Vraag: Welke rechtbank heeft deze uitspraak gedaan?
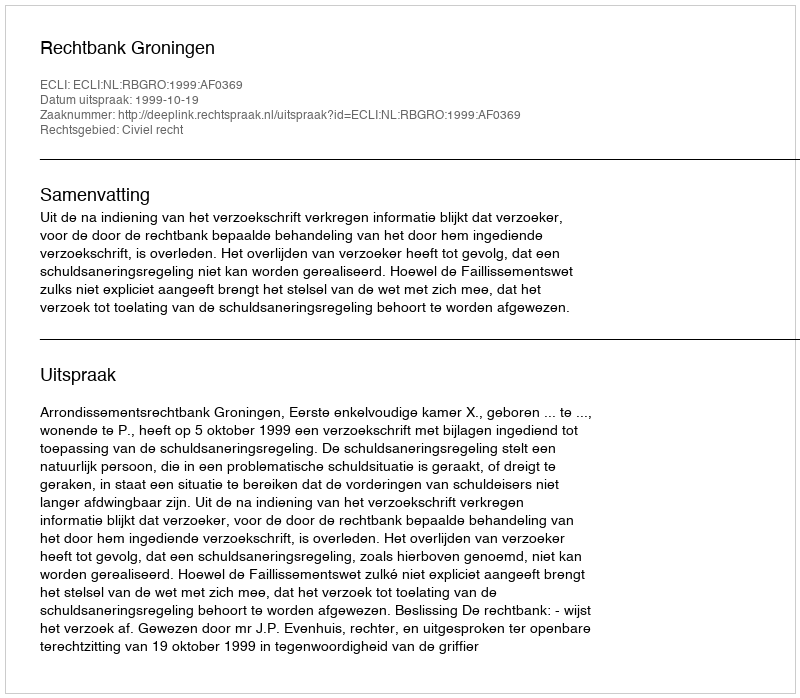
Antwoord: Rechtbank Groningen